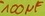
Text: 100µF